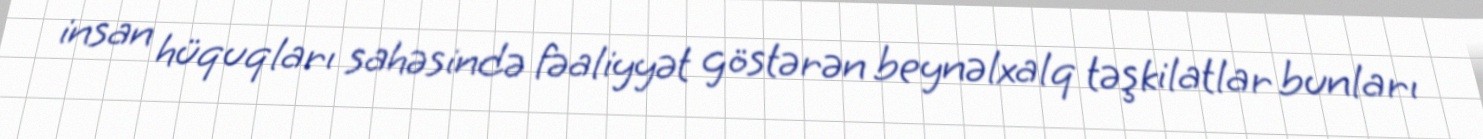
insan hüquqları sahəsində fəaliyyət göstərən beynəlxalq təşkilatlar bunları